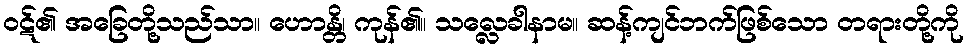
ဝဋ်၏ အခြေတို့သည်သာ။ ဟောန္တိ၊ ကုန်၏။ သလ္လေခါနာမ။ ဆန့်ကျင်ဘက်ဖြစ်သော တရားတို့ကို